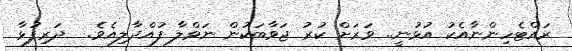
ރައްޓެހިންނާއެކު އުޅުނީ.. ވަރަށް ކުރު ޖަވާބަކުން ނަވްލާ ފުއްދާލިއެވެ.  ދަރިފުޅާ